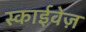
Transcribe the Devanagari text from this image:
स्काईवेज़